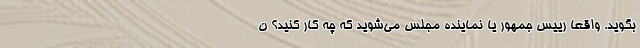
بگوید. واقعا رییس جمهور یا نماینده مجلس می‌شوید که چه کار کنید؟ ن